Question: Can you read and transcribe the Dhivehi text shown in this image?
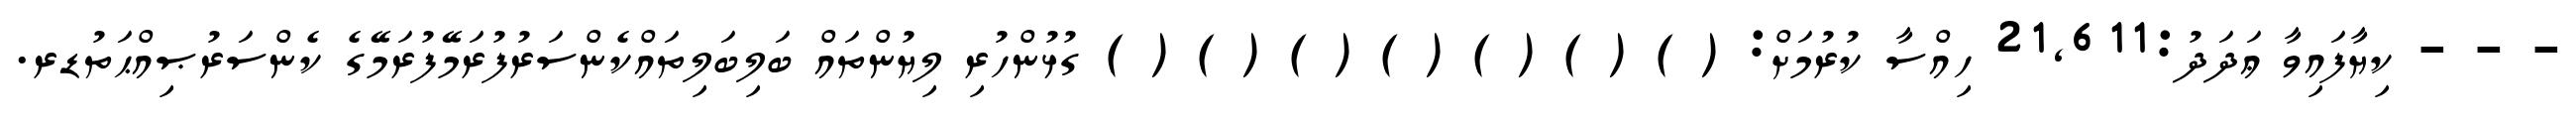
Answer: - - - ކިޔާފައިވާ ޢަދަދު:21,611 ހިއްސާ ކުރުމަށް: ( ) ( ) ( ) ( ) ( ) ( ) ( ) ގުޅުންހުރި ލިޔުންތައް ބަލިބަލިތައްކެންސަރުފުރަމޭފުރަމޭގެ ކެންސަރުޞިއްޙަތުޑރ.